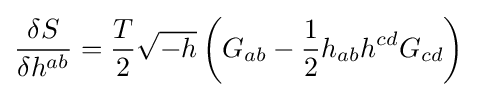
{\frac {\delta S}{\delta h^{ab}}}={\frac {T}{2}}{\sqrt {-h}}\left(G_{ab}-{\frac {1}{2}}h_{ab}h^{cd}G_{cd}\right)